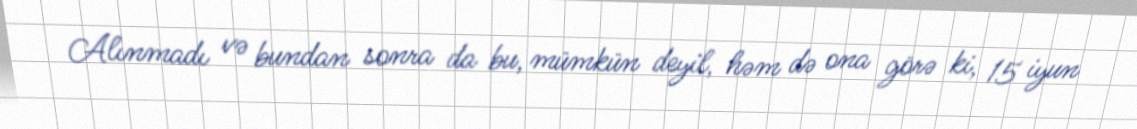
Alınmadı və bundan sonra da bu, mümkün deyil, həm də ona görə ki, 15 iyun